Scottish Leaving Certificate Examination, 1952
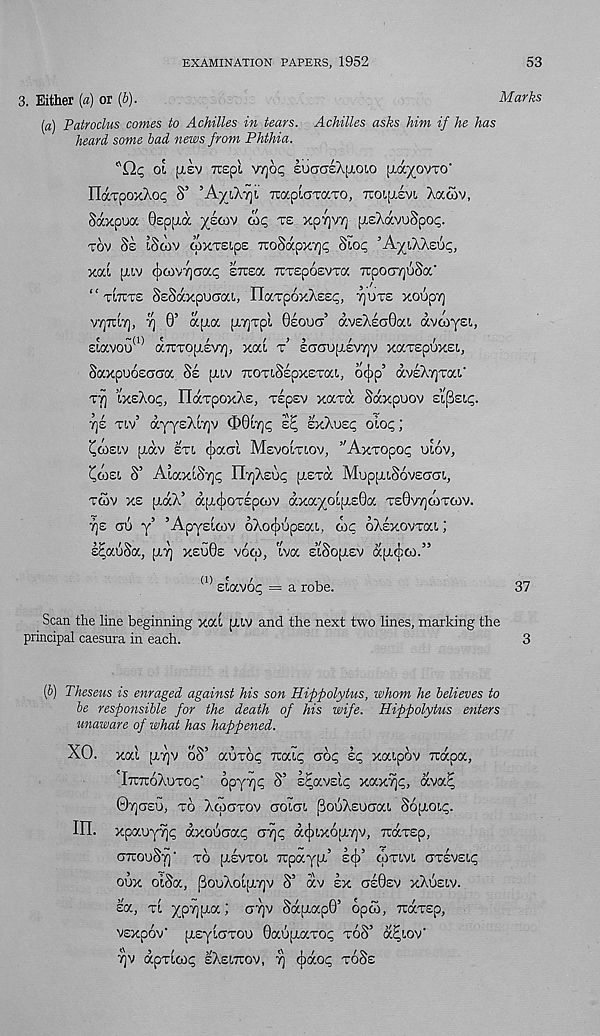
EXAMINATION PAPERS, 1952
53
3. Either {a) or {b).
Marks
(a) Patroclus comes to Achilles in tears. Achilles asks him if he has
heard, some bad news from Phthia.
A Q.c, oi [xev Tuspi v/joc euCTOSAixoio [xcc/ovto'
riaTpoxXoc S’ ’A'/iX'/jt, TrapiGTaTO, ttolij.svl Aacov,
Saxpua Gspaa ysoiv oic te xpY)V7] p.sAavuSpoc.
TOV Ss iSaiV OIXTEIpE TToSaOX'/]^ Slop "A^lAASUp,
xai ptiv cj)C0V7]aa<; STrea TCTeposvTa TipociTjuSa'
“ tlttts SeSaxpuaai, HaTpoxAsep, y]vts xoupy)
VTjTriT], ^ 0’ apia piTjTpl 6eoucr’ aveXeoBai. avwyei,,
£tavou a) aTiTopiew), xai t’ Eoaupievyjv xaTepuxei.,
SaxpuoEcrcra Ss puv TroTiSspxeTa!., ocjip’ aveXyrai.'
T7] ixeXop, IldcTpoxXe, Tepev xgctoc Saxpuov Eipsip.
7]e Tiv’ ayysXi^v <D0L7](;
sxXuet; oiop;
(^aisiv [xav eti cjiaal Mevoitiov, ’'AxTopoi; uwv,
Cwei S’ AiaxLorjP riyXsoi; ixetcx MuppuSovscrai,
tcov xs [xocX’ apxpoTEpcov dxayo[(X£0a te0v7]oitcov.
t)£ au y’ ’Apysicov oXo^upsai, oic oXsxovTai;
s^aSSa, [XT] x£U0e voco, iva s’lSopisv cqxyoj.”
(1> Elavop = a robe.
37
Scan the line beginning xcd [XIV and the next two lines, marking the
principal caesura in each.
3
(b) Theseus is enraged against his son Hiffolytus, whom he believes to
be responsible for the death of his wife. Hippolytus enters
unaware of what has happened.
xo. xai £X7)v oS’ aoTog toxic; aog sc, xaipov rcapoc,
'Ito7toXutoc;‘ opy7]g S’ s^ocvslg xaxvjg, ava^
07]C7EU, TO XtOOTOV OOIcn [3ouXeUCT(X!. S6[X0lg.
in. xpauyyjp axoSaai;
aDix6a7]v, tooctep,
cnrouSyj - to [xevto!. TOpayjx’ scj)’ clmvt. oteveic;
oux oiSa, (3ouXol[xt]v S’ av ex asGsv xXueiv.
EOC, TL XpV)[XOC ; (T7)V SafXOCp0’ OpCO, TOOCTEp,
VEXp6v‘ [XEyldTOU 0aOpiOCTOg toS’ a^iov"
7]v apTioig eXeitoov, 7] (jiaog toSe